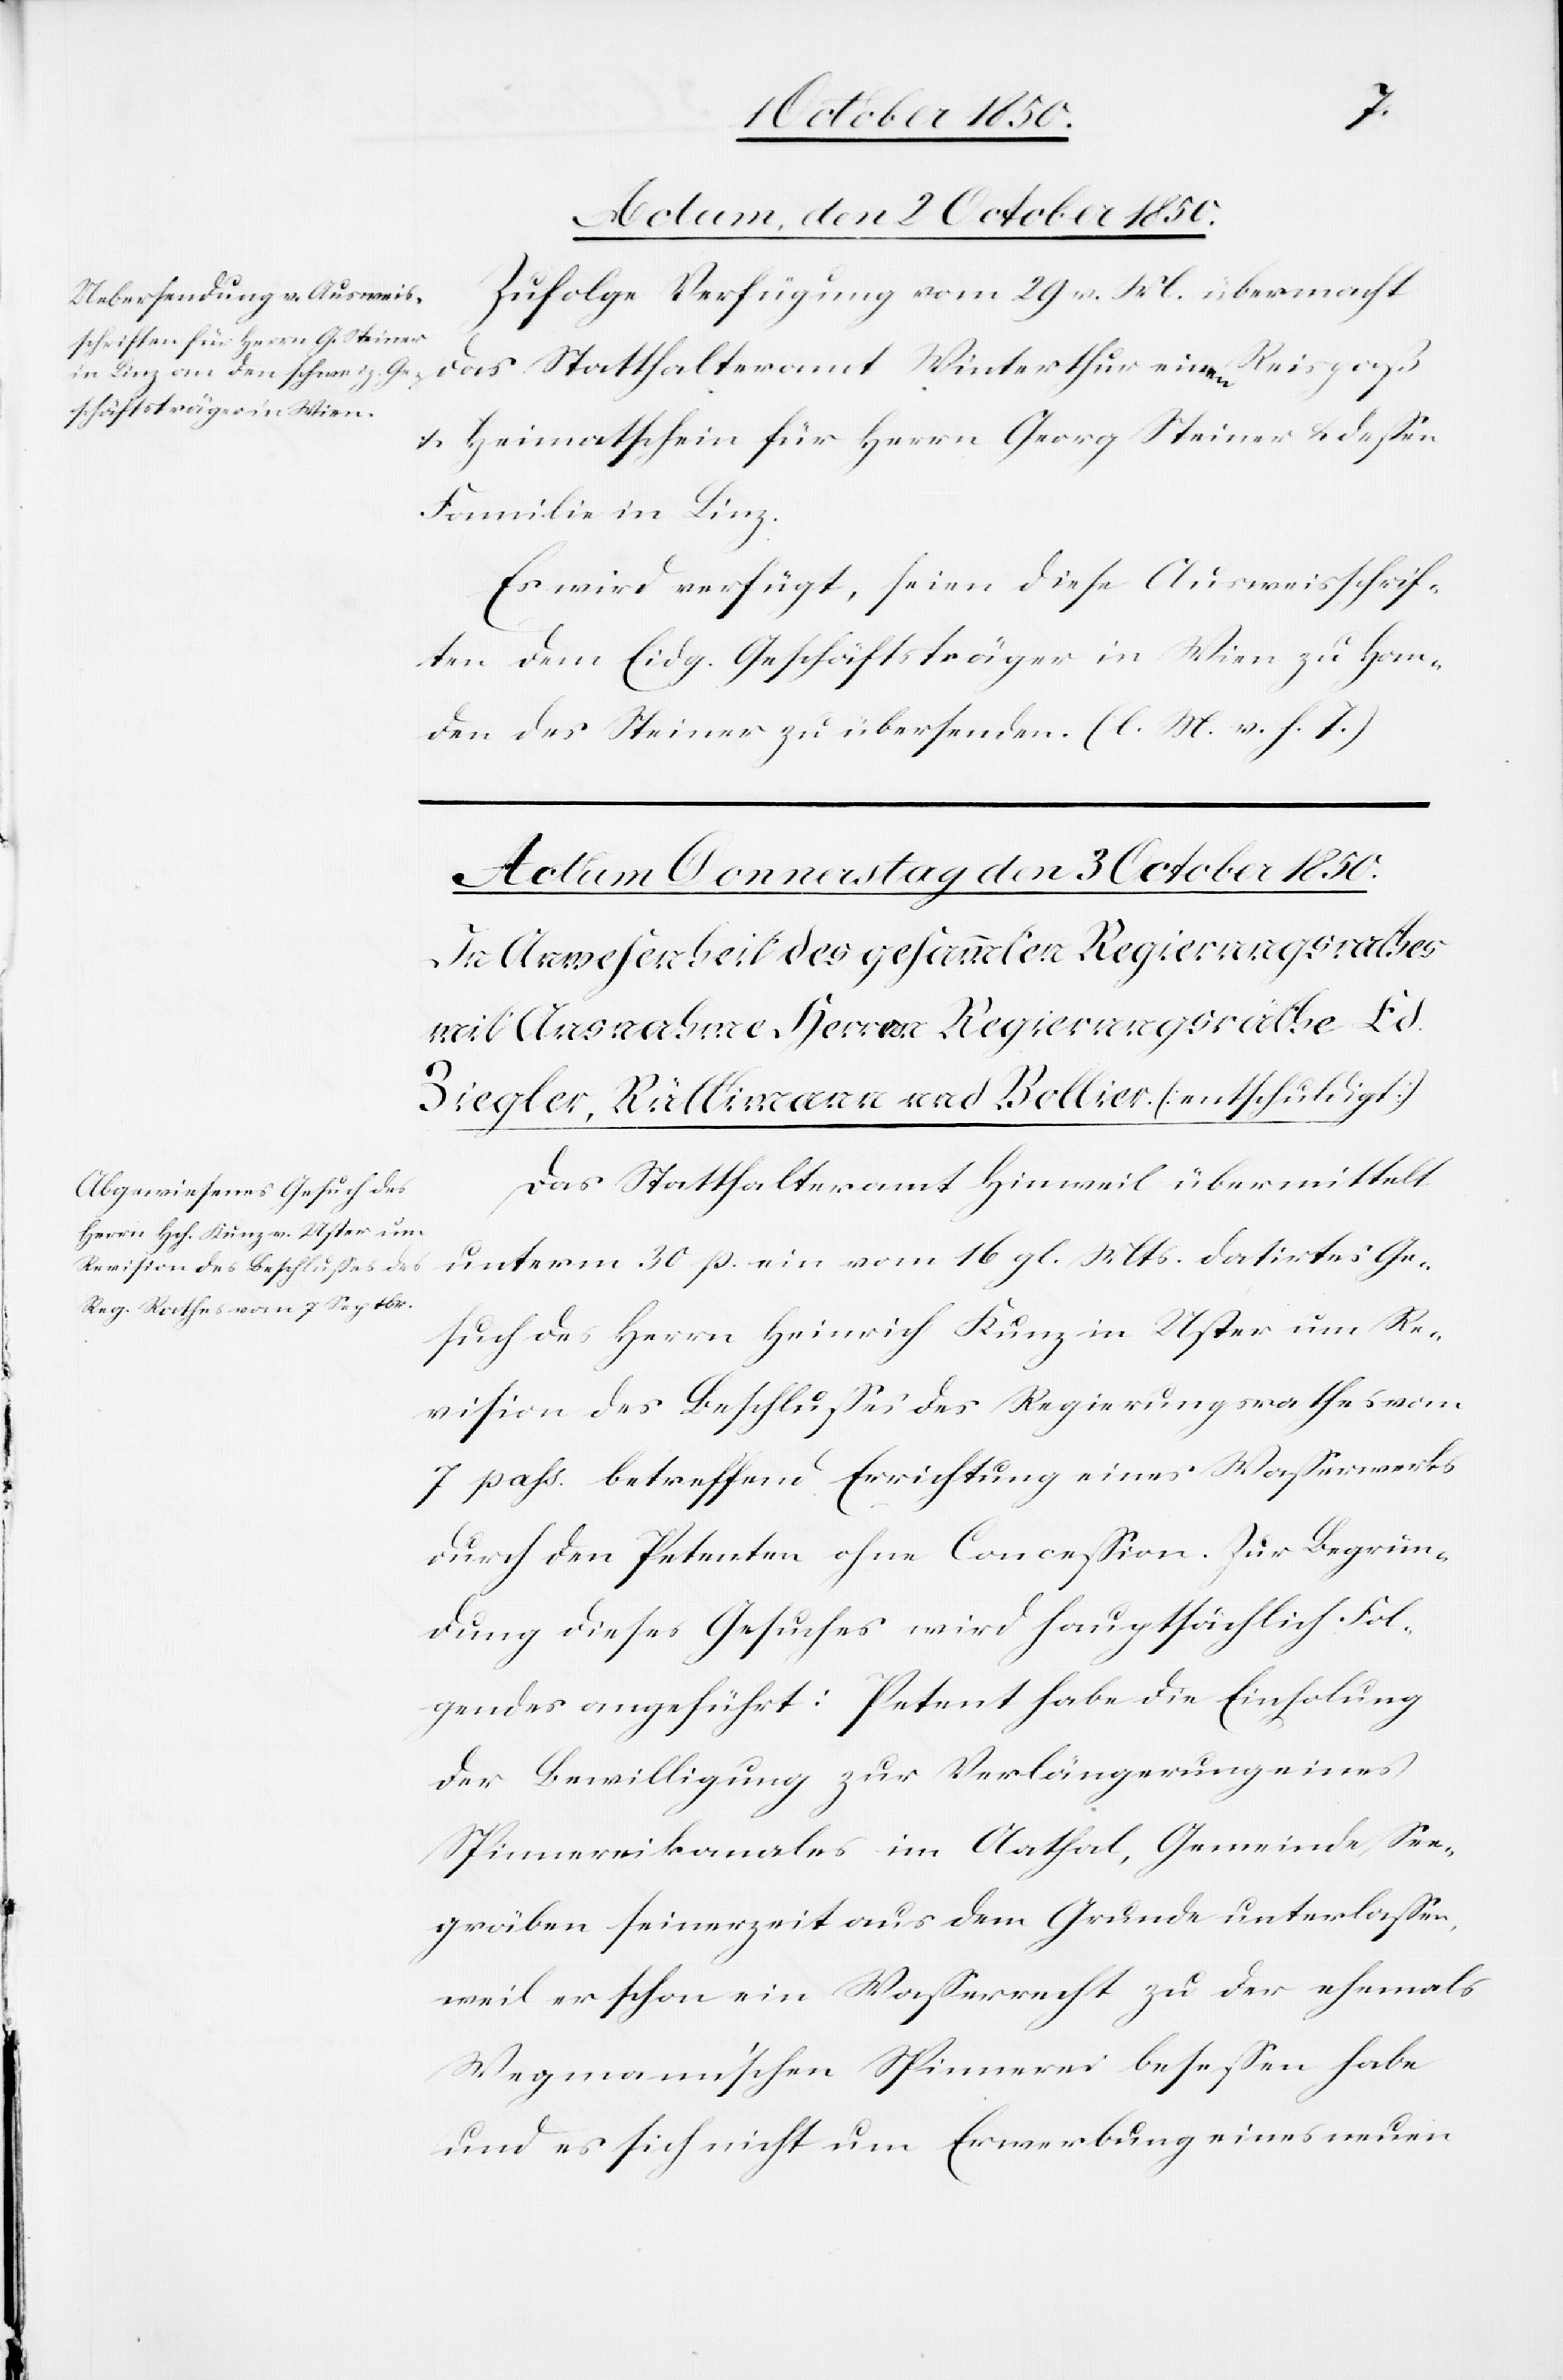
Actum, den 2 October 1850.
Zufolge Verfügung vom 29 v. M. übermacht
das Statthalteramt Winterthur einen Reispaß
& Heimatschein für Herrn Georg Steiner & dessen
Familie in Linz.
Es wird verfügt, seien diese Ausweisschrif¬
ten dem Eidg. Geschäftsträger in Wien zu Han¬
den des Steiner zu übersenden. (l. M. v. h. T)
Das Statthalteramt Hinweil übermittelt
unterm 30 p. ein vom 16 gl. Mts. datirtes Ge¬
such des Herrn Heinrich Kunz in Uster um Re¬
vision des Beschlusses des Regierungsrathes vom
7 pass. betreffend Errichtung eines Wasserwerks
durch den Petenten ohne Concession. Zur Begrün¬
dung dieses Gesuches wird hauptsächlich Fol¬
gendes angeführt: Petent habe die Einholung
der Bewilligung zur Verlängerung eines
Spinnereikanales im Aathal, Gemeinde See¬
gräben seinerzeit aus dem Grunde unterlassen,
weil er schon ein Wasserrecht zu der ehemals
Wegmann’schen Spinnerei besessen habe
und es sich nicht um Erwerbung eines neuen